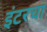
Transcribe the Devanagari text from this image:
इंटरचा